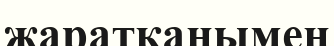
жаратқанымен